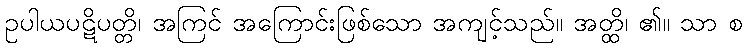
ဥပါယပဋိပတ္တိ၊ အကြင် အကြောင်းဖြစ်သော အကျင့်သည်။ အတ္ထိ၊ ၏။ သာ စ